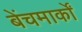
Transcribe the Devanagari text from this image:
बेंचमार्कों